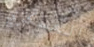
العسكري